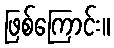
ဖြစ်ကြောင်း။